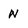
Character: N